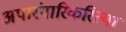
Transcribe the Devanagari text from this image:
अपारंपारिकरित्या